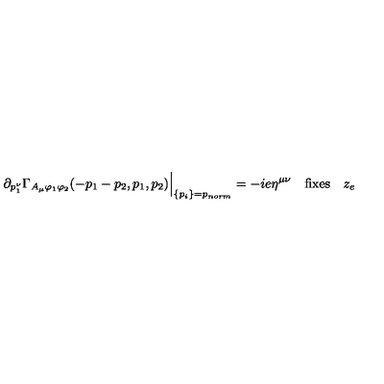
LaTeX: \partial _ { p _ { 1 } ^ { \nu } } \Gamma _ { A _ { \mu } \varphi _ { 1 } \varphi _ { 2 } } ( - p _ { 1 } - p _ { 2 } , p _ { 1 } , p _ { 2 } ) \Big | _ { \{ p _ { i } \} = p _ { n o r m } } = - i e \eta ^ { \mu \nu } \quad \mathrm { f i x e s } \quad z _ { e }